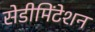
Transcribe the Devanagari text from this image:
सेडीमिंटेशन